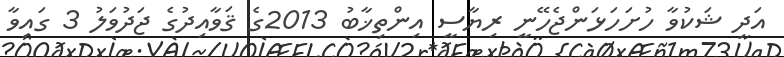
އަދި ޝަކުވާ ހުށަހަޅަންޖެހޭނީ ރިޔާސީ އިންތިޚާބު 2013ގެ ޤަވާއިދުގެ ޖަދުވަލު 3 ގައިވާ